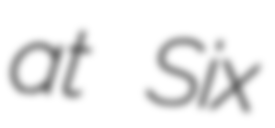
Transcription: at Six